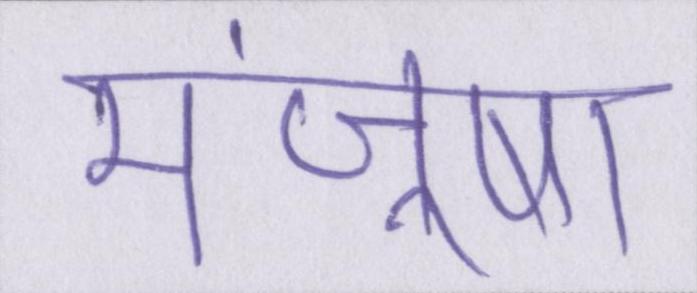
मंजूषा